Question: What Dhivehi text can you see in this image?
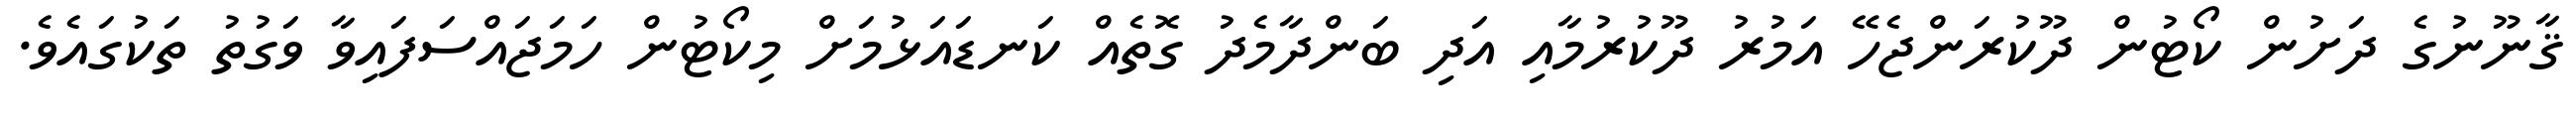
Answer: ޤާނޫނުގެ ދަށުން ކޯޓުން ދޫކުރަންޖެހޭ އަމުރު ދޫކުރުމާއި އަދި ބަންދާމެދު ގޮތެއް ކަނޑައަޅުމަށް މިކޯޓުން ހަމަޖައްސަފައިވާ ވަގުތު ތަކުގައެވެ.